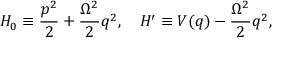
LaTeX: H _ { 0 } \equiv { \frac { p ^ { 2 } } { 2 } } + { \frac { \Omega ^ { 2 } } { 2 } } q ^ { 2 } , \quad H ^ { \prime } \equiv V ( q ) - { \frac { \Omega ^ { 2 } } { 2 } } q ^ { 2 } ,